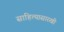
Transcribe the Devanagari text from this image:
साहित्यासारखी